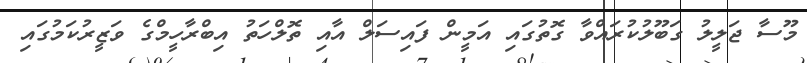
މޫސާ ޖަލީލު ގަބޫލުކުރައްވާ ގޮތުގައި އަމީން ފައިސަލް އާއި ތޮލްހަތު އިބްރާހީމްގެ ވަޒީރުކަމުގައި